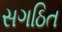
સગઠિત